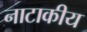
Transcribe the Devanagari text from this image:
नाटाकीय